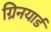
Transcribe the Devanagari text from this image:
ग्रिनयार्ड